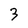
Character: 3